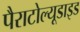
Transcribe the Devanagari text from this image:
पैराटोल्यूडाइड